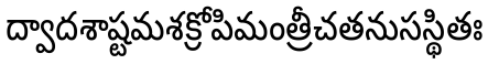
ద్వాదశాష్టమశక్రోపిమంత్రీచతనుసస్థితః